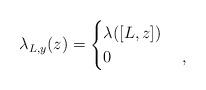
LaTeX: \begin{align*}\lambda_{L,y}(z)=\begin{cases} \lambda([L,z]) & \\ 0 & \;,\end{cases}\end{align*}